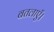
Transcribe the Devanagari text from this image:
बतलाएँ।